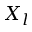
X _ { l }